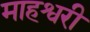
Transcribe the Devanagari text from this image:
माहश्वरी